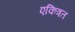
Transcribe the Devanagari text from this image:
एकित्रत